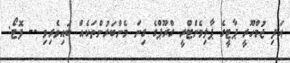
އަދި ޖުމްހޫރީ ޕާޓީގެ ޕާލިމެންޓްރީ ގްރޫޕްގެ ގިނަ މެންބަރުންތަކެއް ބައިވެރިވި -- ފޮޓޯ: